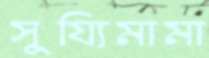
সুয্যিমামা